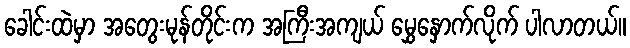
ခေါင်းထဲမှာ အတွေးမုန်တိုင်းက အကြီးအကျယ် မွှေနှောက်လိုက် ပါလာတယ်။